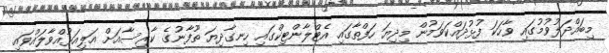
މިބައްދަލުވުމުގައި ވާހަކަ ފުޅުދައްކަވަމުން މިދިޔަ ހަފްތާގައި އެޓްލާންޓިކްގައި ހިނގާދިޔަ ތޫފާނުގެ ކާރިސާއަށް އަލިއަޅުއްވާލައްވައި